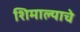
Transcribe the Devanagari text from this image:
शिमाल्याचे